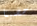
حضينا